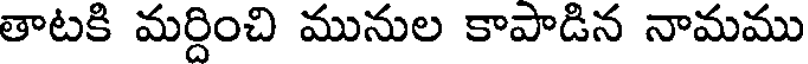
తాటకి మర్దించి మునుల కాపాడిన నామము